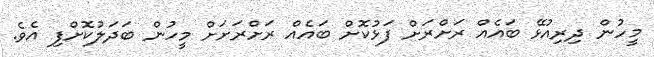
މީހުން ދިރިއުޅޭ ބައެއް ރަށްރަށް ފަޅުކޮށް ބައެއް ރަށްރަށަށް މީހުން ބަދަލުކޮށްފި އެވެ.